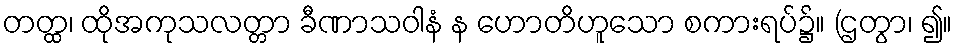
တတ္ထ၊ ထိုအကုသလတ္တာ ခီဏာသဝါနံ န ဟောတိဟူသော စကားရပ်၌။ (ဌတွာ၊ ၍။